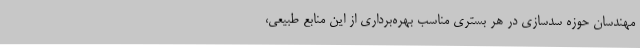
مهندسان حوزه سدسازی در هر بستری مناسب بهره‌برداری از این منابع طبیعی،